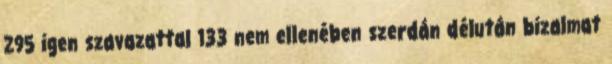
​295 igen szavazattal 133 nem ellenében szerdán délután bizalmat